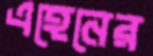
এহেনের